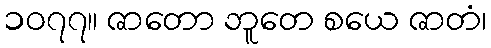
၁၀၇၇။ ဇာတော ဘူတေ စယေ ဇာတံ၊